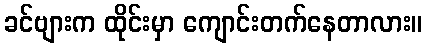
ခင်ဗျားက ထိုင်းမှာ ကျောင်းတက်နေတာလား။